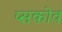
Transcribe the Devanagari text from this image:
प्सकोव